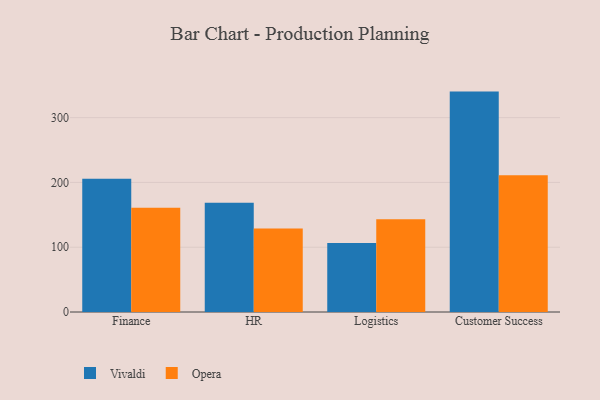
{"axis": {"x": "Department", "y": "Humidity (%)"}, "legend": ["Opera", "Vivaldi"], "data": [{"x": "Finance", "y": 205.8, "type": "Vivaldi"}, {"x": "Finance", "y": 160.8, "type": "Opera"}, {"x": "HR", "y": 168.6, "type": "Vivaldi"}, {"x": "HR", "y": 129.0, "type": "Opera"}, {"x": "Logistics", "y": 106.6, "type": "Vivaldi"}, {"x": "Logistics", "y": 143.1, "type": "Opera"}, {"x": "Customer Success", "y": 340.2, "type": "Vivaldi"}, {"x": "Customer Success", "y": 211.2, "type": "Opera"}]}